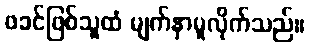
ဖခင်ဖြစ်သူထံ မျက်နှာမူလိုက်သည်။